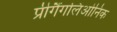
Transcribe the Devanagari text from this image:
प्रीगैंगलिओनिक